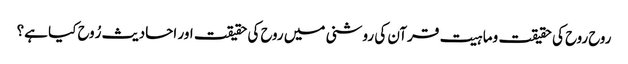
روح روح کی حقیقت وماہیت قرآن کی روشنی میں روح کی حقیقت اور احادیث رُوح کیا ہے؟